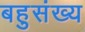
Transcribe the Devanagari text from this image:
बहुसंख्‍य